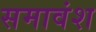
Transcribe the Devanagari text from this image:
समावंश